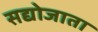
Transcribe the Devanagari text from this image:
सद्योजाता